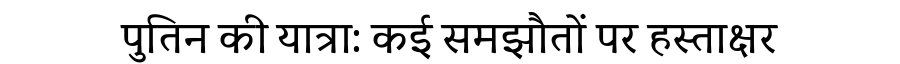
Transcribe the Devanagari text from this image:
पुतिन की यात्रा: कई समझौतों पर हस्ताक्षर